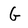
Character: G